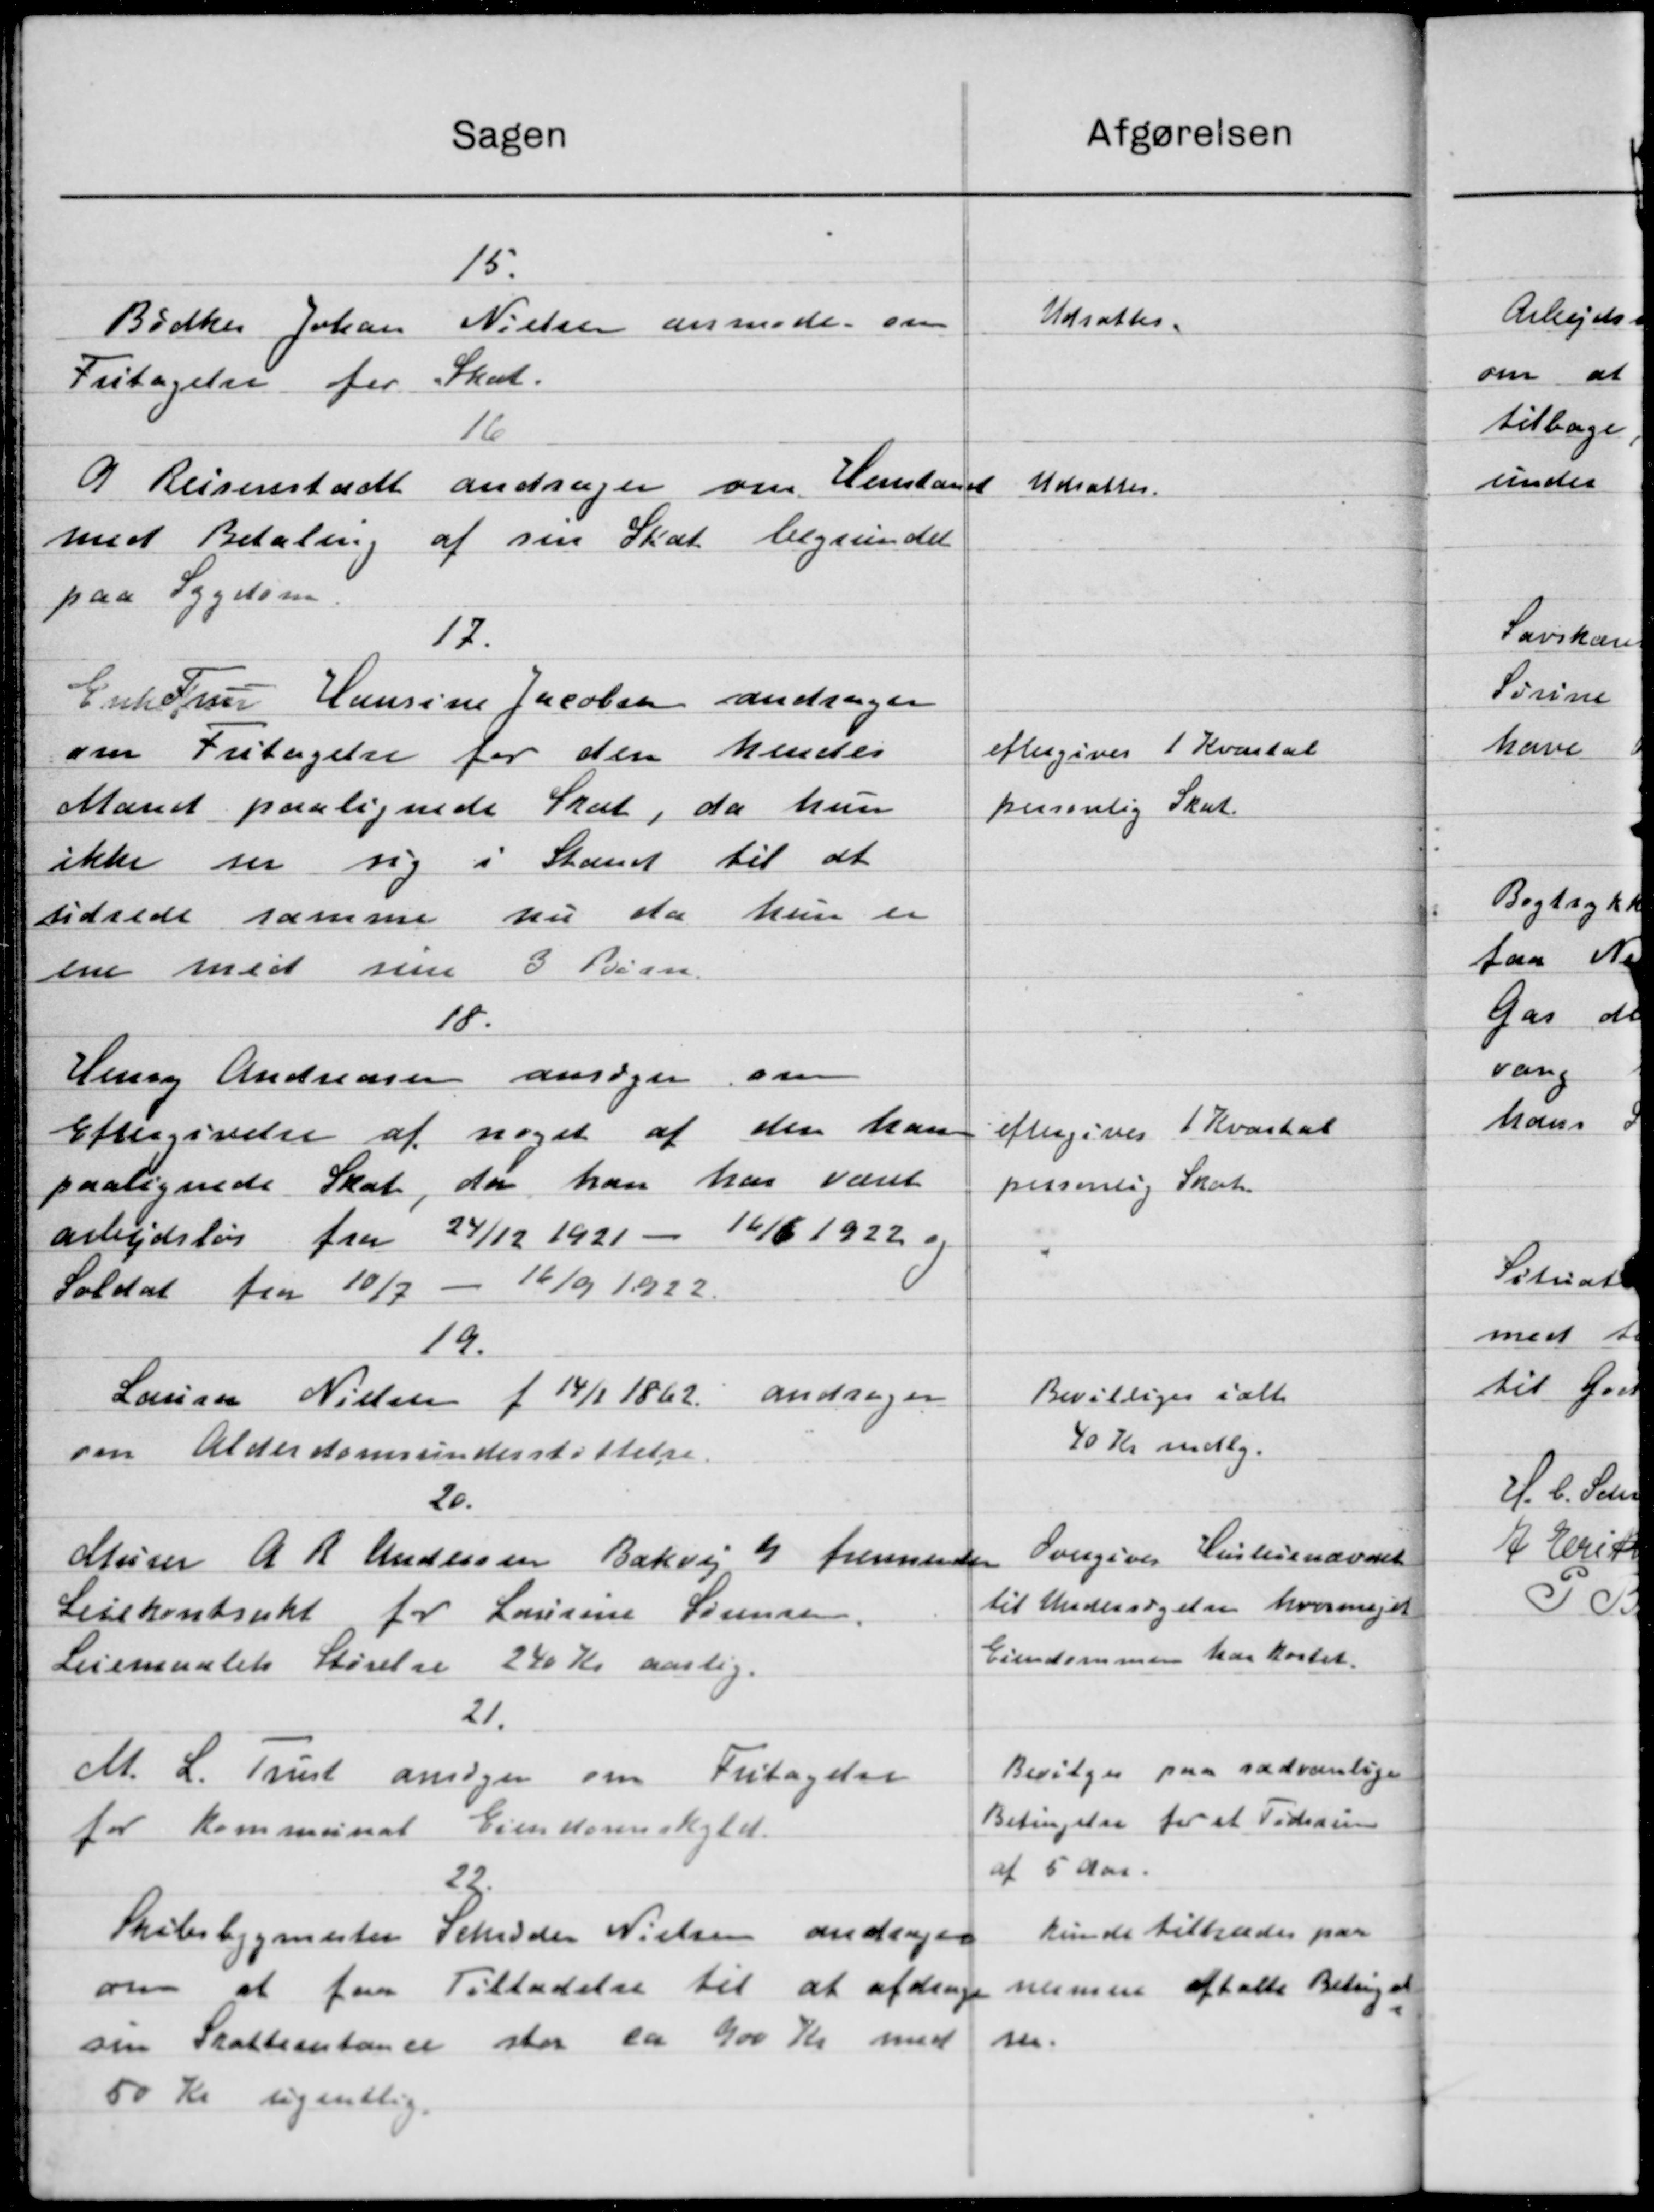
Transskription:
Atgørelsen
Sagen
15.
Udsattes.
Nielsen anmode om
Bødker Johan
Skat
Fritagelse for
16
9 Reisenestadt andrager om Henstan
Udsattes.
med Betaling af sin Skat begrundet
paa Sygdom
12.
Enk Larsen Hansine Jacobsen andrager
eftergives 1 Kvartal
om Fritagelse for den hendes
Manet paalignede Skat, da hun
personlig Skat
ikke ser sig i Stand til at
sidrede samme nu da hun er
ene med sine 3 Børn.
10.
Henry Andreasen ansøger om
eftergives 1 Kvartal
Eftergivelse af noget af den han
paalignede Skat, da han har været
personlig Skat
arbejdsløs fra 24/12 1921 - 16/6 1922 og
Soldat fra 10/7 - 16/9 1922
19.
Bevilliges ialt
andrager
Laurer Nielsen f 14/1 1862.
40 Kr mdlg.
om Alderdomsunderstøttelse
20.
Overgives Husleienævnet
Murer A. R. Andersen Bækvej 9 fremsender
til Undersøgelse hvor meget
Leiekontrakt for Laurine Sørensen
Ejendommen har kostet.
Leiemaalets Størelse 240 Kr aarlig.
21.
Bevilges paa sædvanlige
M. L. Trust ansøger om Fritagelse
Betingelse for et Tidsrum
for kommunal Ejendomsskyld.
af 5 Aar.
22.
kunde tiltrædes paa
Skolebygmeter Schidder Nielsen andrager
om at faa Tilladelse til at afdrage
numen aftalte Beting at
m.
sin Skatteentance stor ca 900 Kr med
50 Kr ugentlig